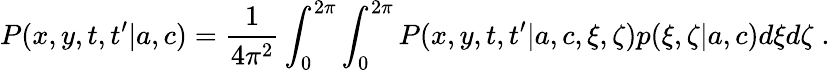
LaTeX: P(x,y,t,t^{\prime}|{a},{c})=\frac{1}{4\pi^{2}}\int_{0}^{2\pi}\int_{0}^{2\pi}P(x,y,t,t^{\prime}|{a},{c},\xi,\zeta)p(\xi,\zeta|{a},{c})d\xi d\zeta\; .